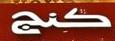
كنج